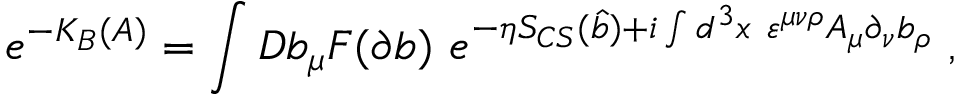
e ^ { - K _ { B } ( A ) } = \int { \cal D } b _ { \mu } F ( \partial b ) ~ e ^ { - \eta S _ { C S } ( \widehat { b } ) + i \int d ^ { 3 } x ~ \varepsilon ^ { \mu \nu \rho } A _ { \mu } \partial _ { \nu } b _ { \rho } } \; ,